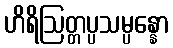
ဟိရိဩတ္တပ္ပသမ္ပန္နော